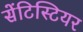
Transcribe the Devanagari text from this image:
सेंटिस्टियर